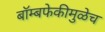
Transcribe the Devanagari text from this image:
बॉम्बफेकीमुळेच